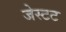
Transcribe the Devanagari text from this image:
जेस्टट